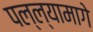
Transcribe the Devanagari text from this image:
पल्ल्यामागे